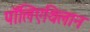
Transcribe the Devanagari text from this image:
पॉलिएथिलान